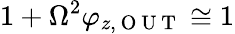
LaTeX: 1+\Omega^{2}\varphi_{z,\mathrm{~O~U~T~}}\cong 1